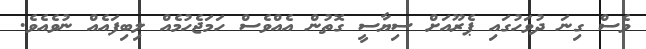
ވެސް ގިނަ ދުވަހުގައި ޕެރޫއަށް ސިޔާސީ ގޮތުން އެއްވެސް ހަމަޖެހުމެއް ލިބިފައެއް ނުވެއެވެ.